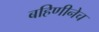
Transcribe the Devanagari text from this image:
बहिणीनेच